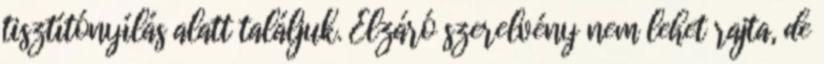
tisztítónyílás alatt találjuk. Elzáró szerelvény nem lehet rajta, de